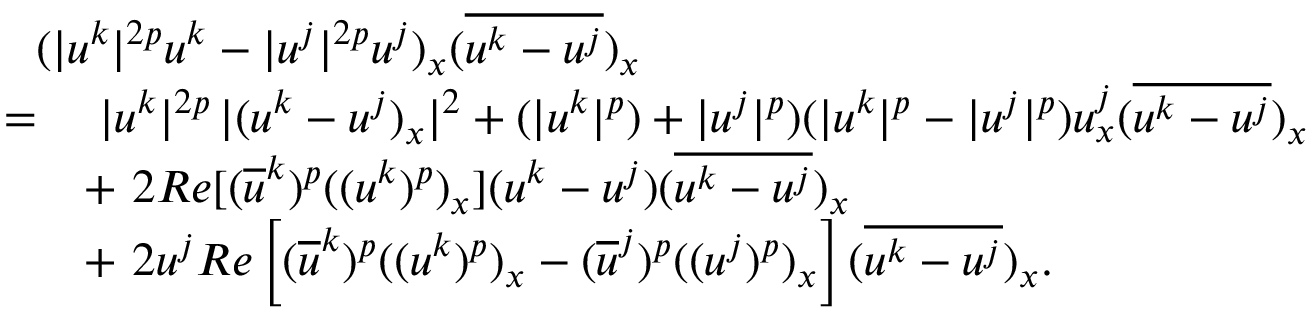
\begin{array} { r l } { \lefteqn { ( | u ^ { k } | ^ { 2 p } u ^ { k } - | u ^ { j } | ^ { 2 p } u ^ { j } ) _ { x } ( \overline { { u ^ { k } - u ^ { j } } } ) _ { x } } } \\ { = } & { \ | u ^ { k } | ^ { 2 p } \, | ( u ^ { k } - u ^ { j } ) _ { x } | ^ { 2 } + ( | u ^ { k } | ^ { p } ) + | u ^ { j } | ^ { p } ) ( | u ^ { k } | ^ { p } - | u ^ { j } | ^ { p } ) u _ { x } ^ { j } ( \overline { { u ^ { k } - u ^ { j } } } ) _ { x } } \\ & { + \ 2 R e [ ( \overline { { u } } ^ { k } ) ^ { p } ( ( u ^ { k } ) ^ { p } ) _ { x } ] ( u ^ { k } - u ^ { j } ) ( \overline { { u ^ { k } - u ^ { j } } } ) _ { x } } \\ & { + \ 2 u ^ { j } R e \left[ ( \overline { { u } } ^ { k } ) ^ { p } ( ( u ^ { k } ) ^ { p } ) _ { x } - ( \overline { { u } } ^ { j } ) ^ { p } ( ( u ^ { j } ) ^ { p } ) _ { x } \right] ( \overline { { u ^ { k } - u ^ { j } } } ) _ { x } . } \end{array}